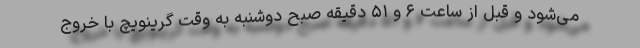
می‌شود و قبل از ساعت ۶ و ۵۱ دقیقه صبح دوشنبه به وقت گرینویچ با خروج